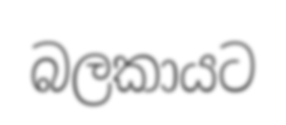
බලකායට